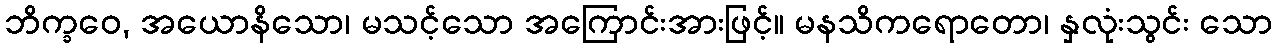
ဘိက္ခဝေ, အယောနိသော၊ မသင့်သော အကြောင်းအားဖြင့်။ မနသိကရောတော၊ နှလုံးသွင်း သော